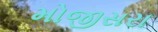
મોજીસરા